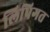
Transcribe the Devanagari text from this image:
लिपिगत